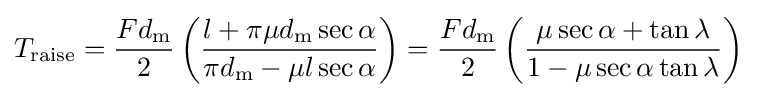
T_{\text{raise}}={\frac {Fd_{\text{m}}}{2}}\left({\frac {l+\pi \mu d_{\text{m}}\sec {\alpha }}{\pi d_{\text{m}}-\mu l\sec {\alpha }}}\right)={\frac {Fd_{\text{m}}}{2}}\left({\frac {\mu \sec {\alpha }+\tan {\lambda }}{1-\mu \sec {\alpha }\tan {\lambda }}}\right)